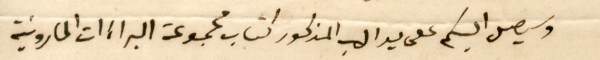
وسيصل اليكم على يد الاب المذكور كتاب مجموعة البراءَات المارونية